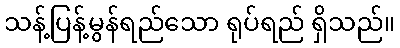
သန့်ပြန့်မွန်ရည်သော ရုပ်ရည် ရှိသည်။